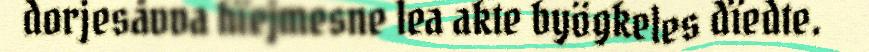
dorjesåvva hïejmesne lea akte byögkeles dïedte.